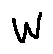
w